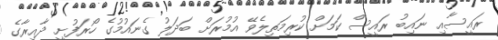
ރައީސާއި ނައިބު ރައީސް ކަމަށް ކުރިމަތިލެވޭ އުމުރަށް ބަދަލު ގެނައުމުގެ ހޯރަފުށީ ދާއިރާގެ